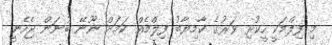
މި ފިލްމަކީ ހީކުރި ވަރުގެ ކާމިޔާބު ފިލްމެއް ކަމަށް ނޫނޭ ބުނަން ޖެހެނީ